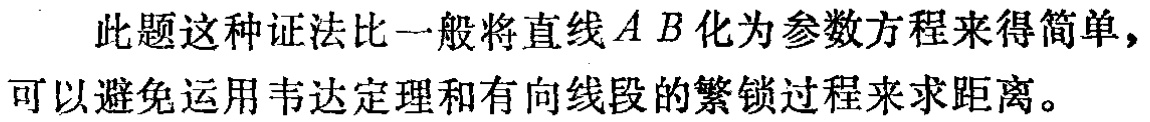
此题这种证法比一般将直线\(AB\)化为参数方程来得简单，可以避免运用韦达定理和有向线段的繁锁过程来求距离。